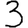
Digit: 3